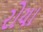
રોયા